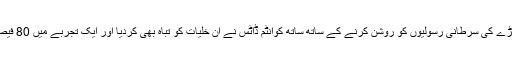
لیکن ماہرین اس وقت حیران ہوگئے جب پھیپھڑے کی سرطانی رسولیوں کو روشن کرنے کے ساتھ ساتھ کوانٹم ڈاٹس نے ان خلیات کو تباہ بھی کردیا اور ایک تجربے میں 80 فیصد سرطانی خلیات کو کامیابی سے ختم کیا گیا۔